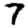
Digit: 7